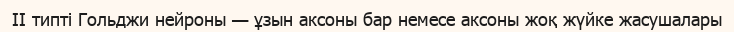
II типті Гольджи нейроны — ұзын аксоны бар немесе аксоны жоқ жүйке жасушалары